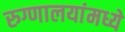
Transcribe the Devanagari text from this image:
रुग्णालयांमध्ये